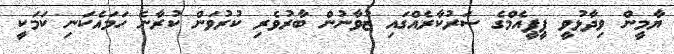
ޔާމީން ވިދާޅުވީ ޕީޕީއެމްގެ ސަރުކާރެއްގައި ޒުވާނުން ބާރުވެރި ކުރުވަން ކުރާނެ ހަމައެކަނި ކަމަކީ